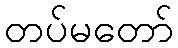
တပ်မတော်